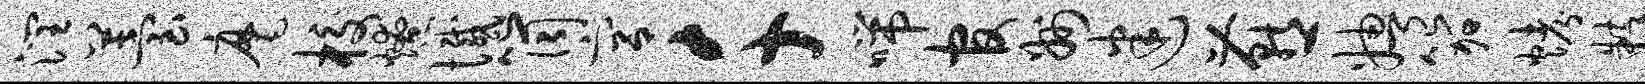
润苔麾校燎憾筒宫千喘官州迷燕娉笳烤粹